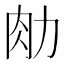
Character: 𰮂